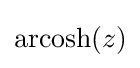
\operatorname {arcosh} (z)